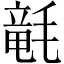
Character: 𣯡